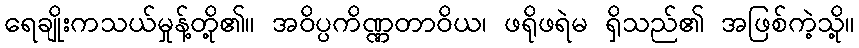
ရေချိုးကသယ်မှုန့်တို့၏။ အဝိပ္ပကိဏ္ဏတာဝိယ၊ ဖရိုဖရဲမ ရှိသည်၏ အဖြစ်ကဲ့သို့။